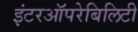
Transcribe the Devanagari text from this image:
इंटरऑपरेबिलिटी